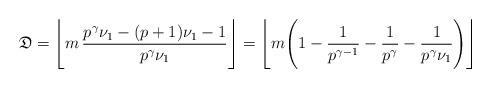
LaTeX: \begin{align*}\mathfrak{D}=\Bigg\lfloor m\,\frac{p^{\gamma}\nu_1-(p+1)\nu_1-1}{p^{\gamma}\nu_1}\Bigg\rfloor=\Bigg\lfloor m\Bigg(1-\frac{1}{p^{\gamma-1}}-\frac{1}{p^{\gamma}}-\frac{1}{p^{\gamma}\nu_1}\Bigg)\Bigg\rfloor\end{align*}